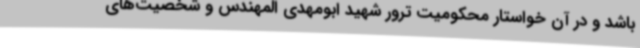
باشد و در آن خواستار محکومیت ترور شهید ابومهدی المهندس و شخصیت‌های